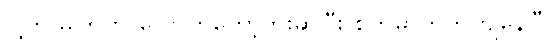
ငါ့ကို မကြိုက် လောက်တော့ဘူးဆိုပြီး စိတ်ဓာတ်ကကျနေပြီ။